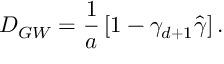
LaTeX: D _ { G W } = { \frac { 1 } { a } } \left[ 1 - \gamma _ { d + 1 } \hat { \gamma } \right] .